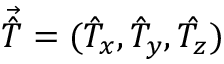
\vec { \hat { T } } = ( \hat { T } _ { x } , \hat { T } _ { y } , \hat { T _ { z } } )